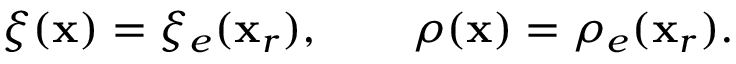
\xi ( { \bf x } ) = \xi _ { e } ( { \bf x } _ { r } ) , \qquad \rho ( { \bf x } ) = \rho _ { e } ( { \bf x } _ { r } ) .